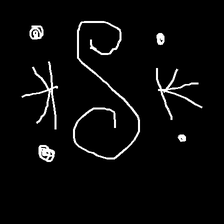
Glyph: aeroform